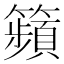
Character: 𥷎